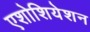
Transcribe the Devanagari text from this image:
एशोशियेशन